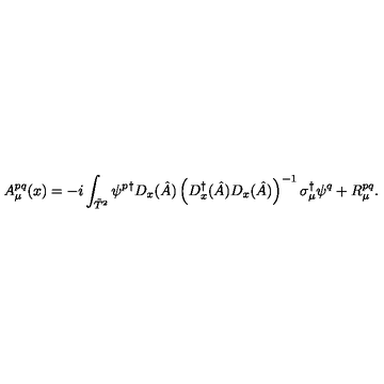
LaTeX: A _ { \mu } ^ { p q } ( x ) = - i \int _ { \tilde { T } ^ { 2 } } \psi ^ { p } { } ^ { \dagger } D _ { x } ( \hat { A } ) \left( D _ { x } ^ { \dagger } ( \hat { A } ) D _ { x } ( \hat { A } ) \right) ^ { - 1 } \sigma _ { \mu } ^ { \dagger } \psi ^ { q } + R _ { \mu } ^ { p q } .